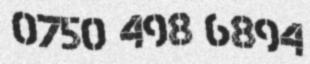
0750 498 6894